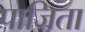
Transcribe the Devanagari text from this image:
पाजिता